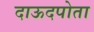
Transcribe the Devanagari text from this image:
दाऊदपोता